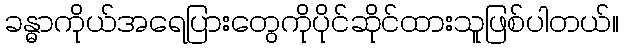
ခန္ဓာကိုယ်အရေပြားတွေကိုပိုင်ဆိုင်ထားသူဖြစ်ပါတယ်။